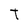
Character: T